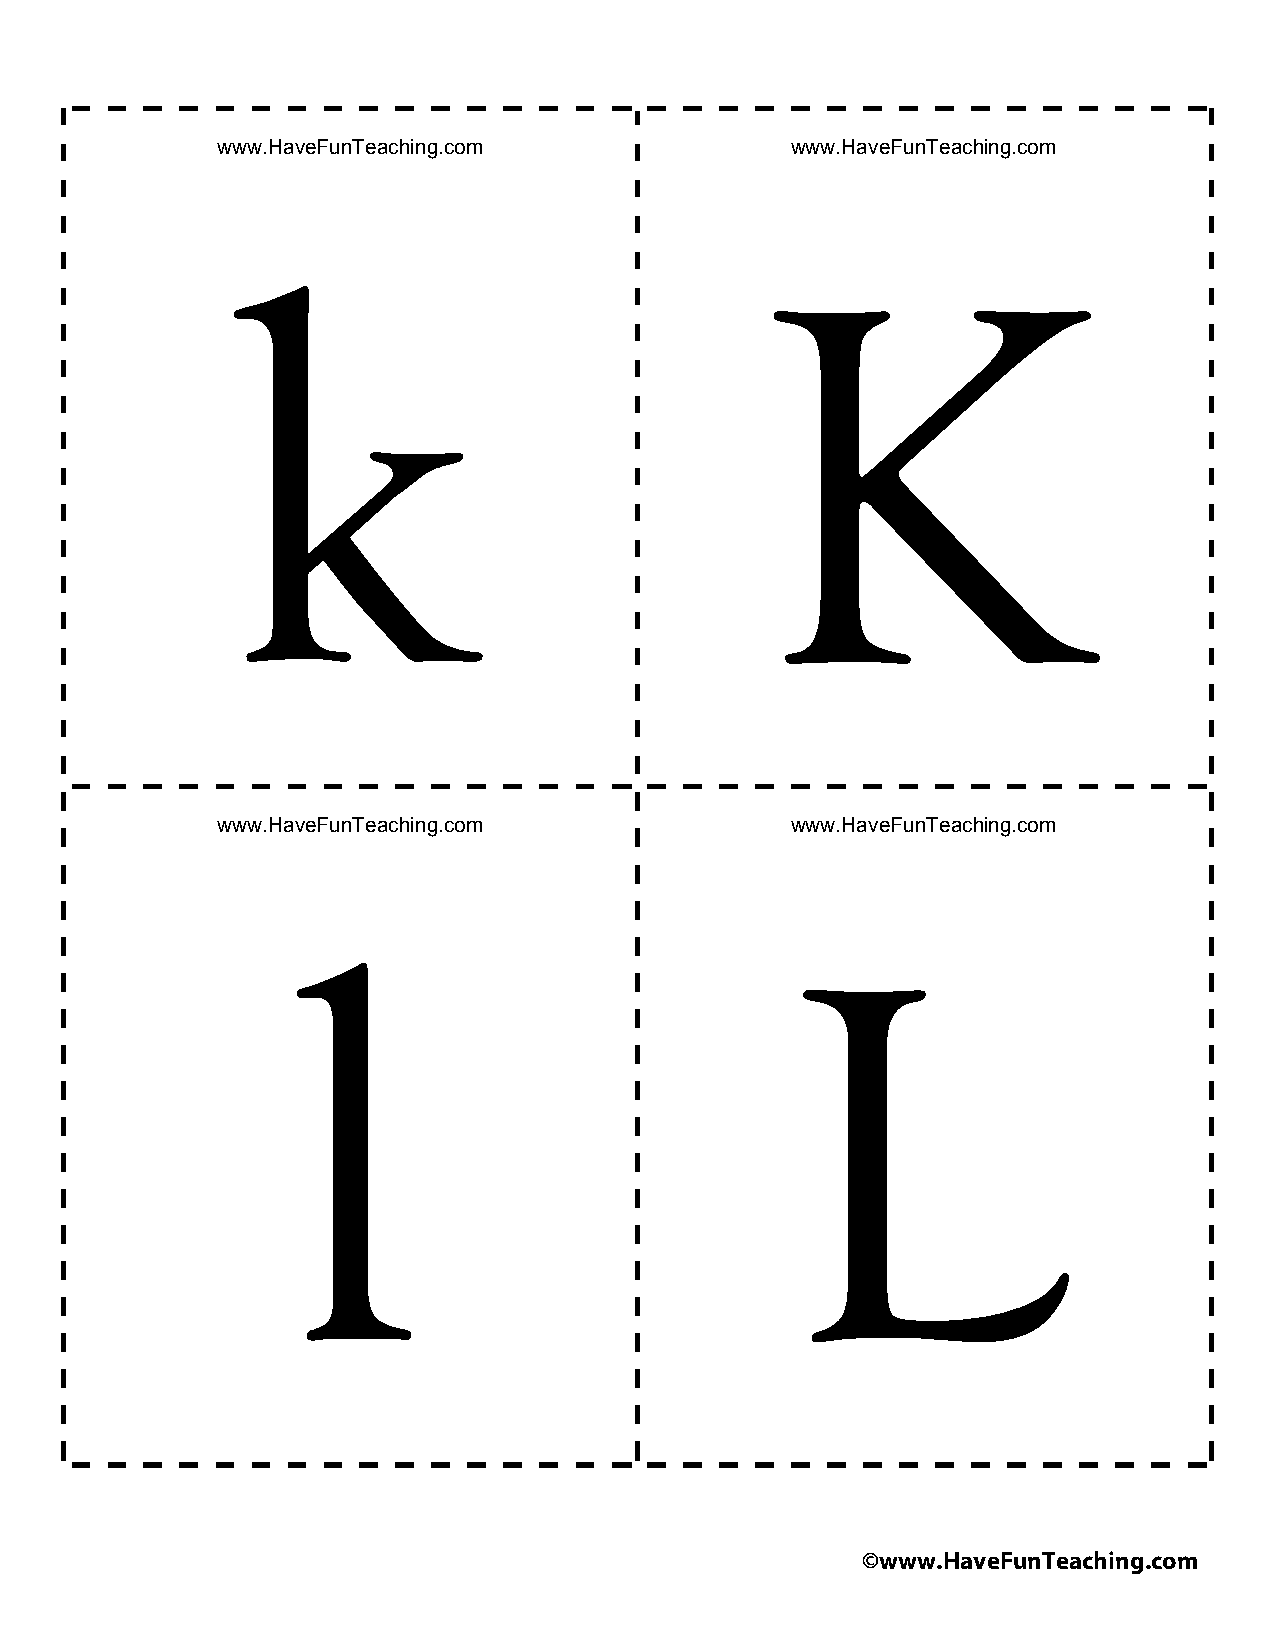
www.HaveFunTeaching.com               www.HaveFunTeaching.com
 www.HaveFunTeaching.com               www.HaveFunTeaching.com
 ©www.HaveFunTeaching.com